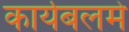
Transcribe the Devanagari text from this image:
कार्यबलमे